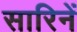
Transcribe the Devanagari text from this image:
सारिनें